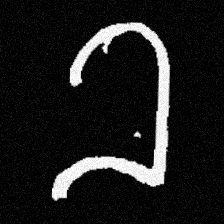
Pyu character \u2014 Myanmar letter: ခ (romanized: kha)